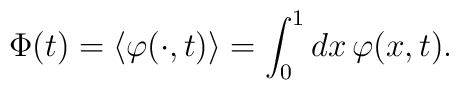
{\Phi}(t) = \left\langle \varphi(\cdot,t) \right\rangle    = \int_0^1 dx\,\varphi(x,t).